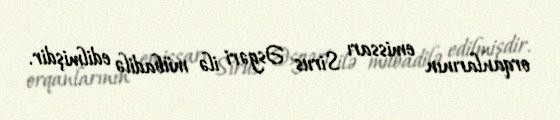
orqanlarının emissarı Sirus Əsgəri ilə mübadilə edilmişdir.